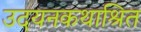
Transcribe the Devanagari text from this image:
उदयनकथाश्रित